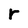
Character: r